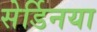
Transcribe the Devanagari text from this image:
सेर्डिनया